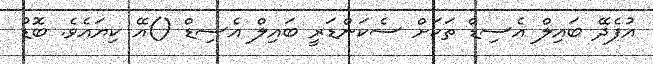
އުފެދޭ ބައިލް އެސިޑް ތަކަށް ސެކަންޑަރީ ބައިލް އެސިޑް ()އޭ ކިޔައެވެ. ބޮޑު